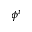
\phi ^ { i }